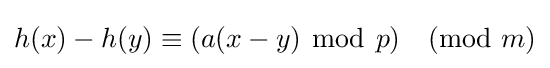
h(x)-h(y)\equiv (a(x-y)~{\bmod {~}}p){\pmod {m}}